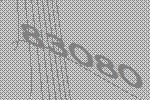
83080